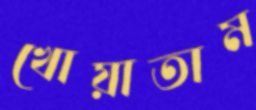
খোয়াতাম